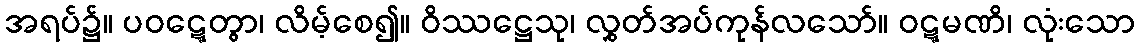
အရပ်၌။ ပဝဋ္ဋေတွာ၊ လိမ့်စေ၍။ ဝိဿဋ္ဌေသု၊ လွှတ်အပ်ကုန်လသော်။ ဝဋ္ဋမဏိ၊ လုံးသော